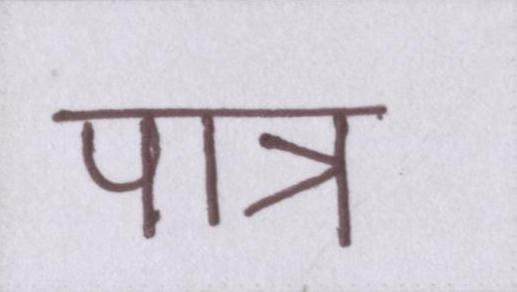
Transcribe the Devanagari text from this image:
पात्र